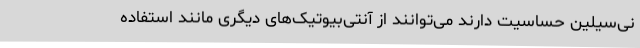
نی‌سیلین حساسیت دارند می‌توانند از آنتی‌بیوتیک‌های دیگری مانند استفاده